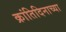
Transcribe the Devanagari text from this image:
क्रांतिदिनाच्या